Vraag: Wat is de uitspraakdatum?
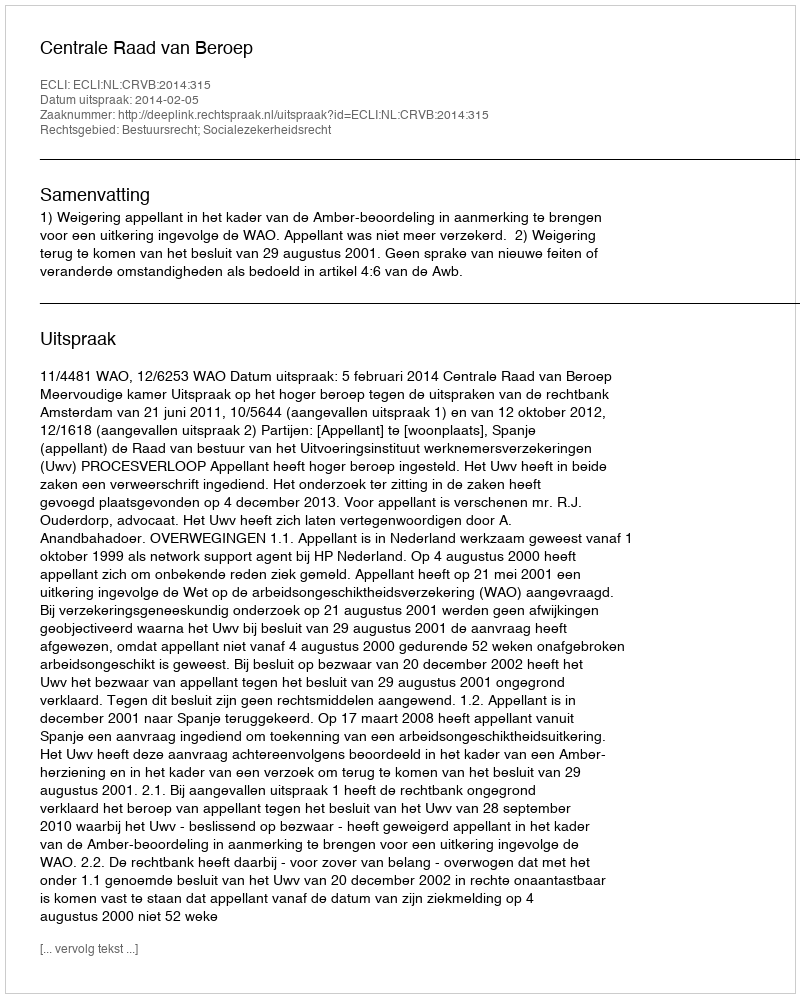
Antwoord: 2014-02-05